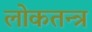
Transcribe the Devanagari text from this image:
लोकतन्‍त्र